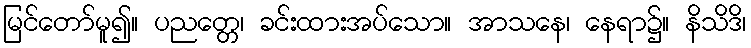
မြင်တော်မူ၍။ ပညတ္တေ၊ ခင်းထားအပ်သော။ အာသနေ၊ နေရာ၌။ နိသိဒိ၊